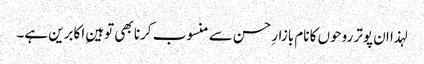
لہذا ان پوتر روحوں کا نام بازارِ حسن سے منسوب کرنا بھی توہینِ اکابرین ہے۔